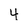
Character: 4